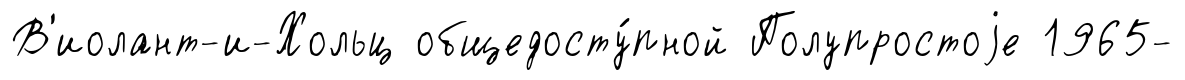
В'иолант-и-Хольц общедосту́пной Полупростоjе 1965-